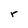
Character: r